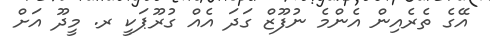
އޭގެ ތެރެއިން އެންމެ ނުފޫޒް ގަދަ އެއް ގުރޫޕަކީ ރ. މީދޫ އަށް